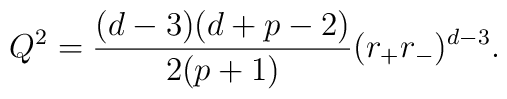
Q^2=\frac{(d-3)(d+p-2)}{2(p+1)}(r_+r_-)^{d-3}.